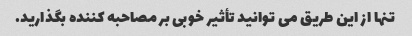
تنها از این طریق می توانید تأثیر خوبی بر مصاحبه کننده بگذارید.